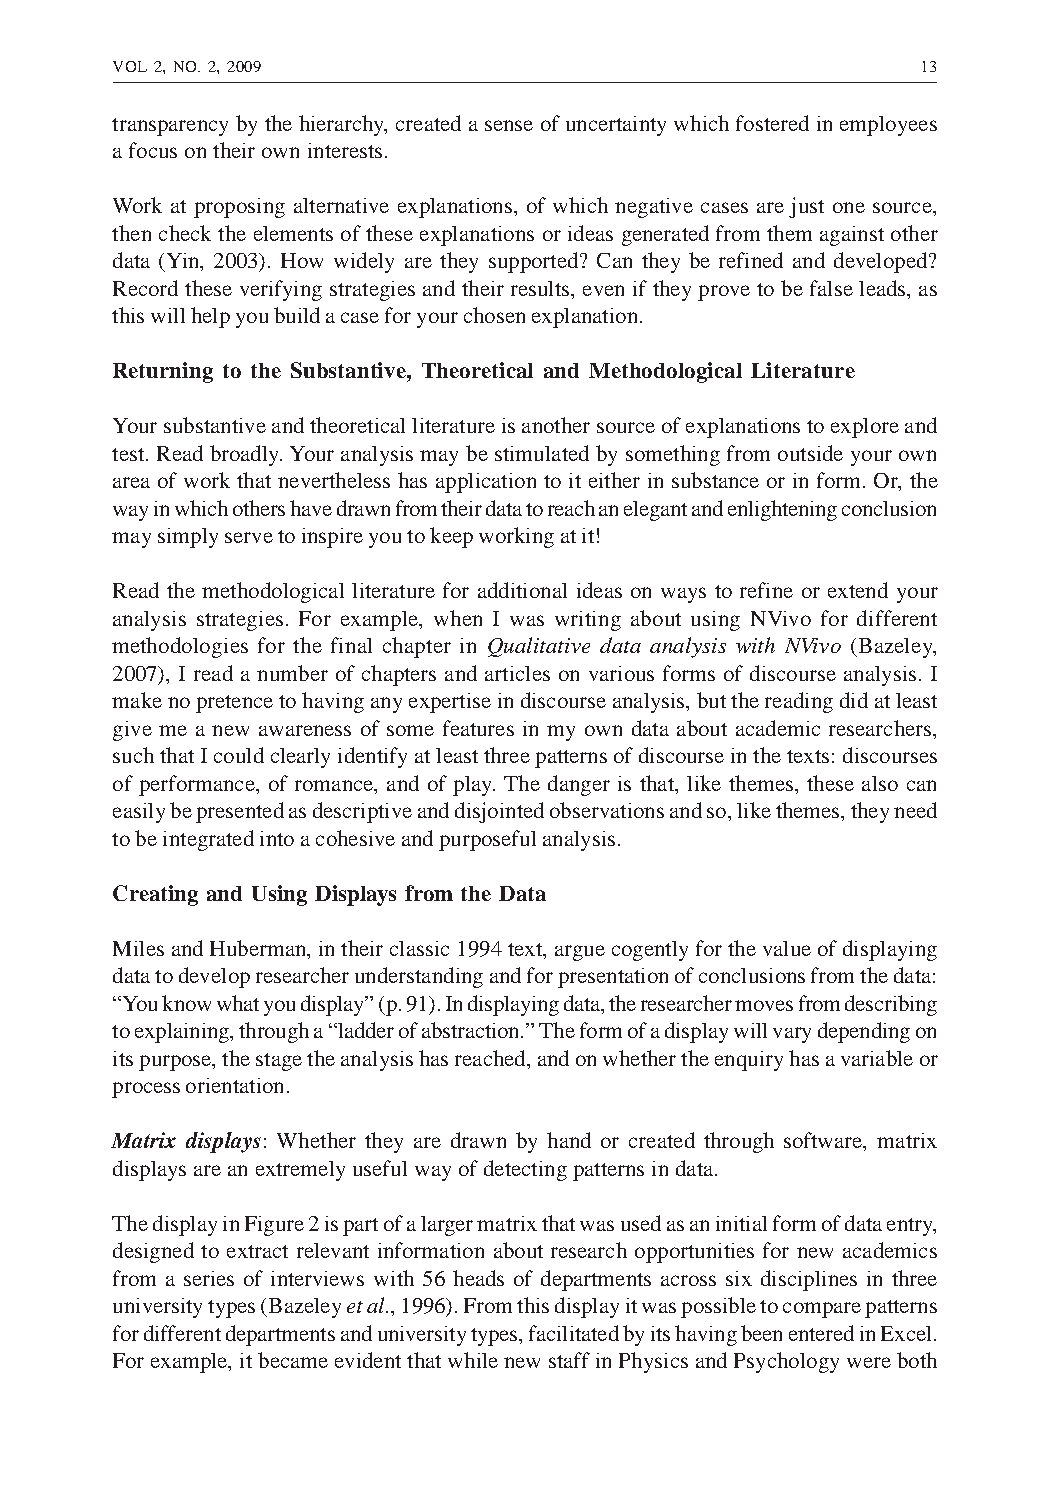
VOL 2, NO. 2, 2009                                    13
 transparency by the hierarchy, created a sense of uncertainty which fostered in employees
 a focus on their own interests.
 Work at proposing alternative explanations, of which negative cases are just one source,
 then check the elements of these explanations or ideas generated from them against other
 data (Yin, 2003). How widely are they supported? Can they be refined and developed?
 Record these verifying strategies and their results, even if they prove to be false leads, as
 this will help you build a case for your chosen explanation.
 Returning to the Substantive, Theoretical and Methodological Literature
 Your substantive and theoretical literature is another source of explanations to explore and
 test. Read broadly. Your analysis may be stimulated by something from outside your own
 area of work that nevertheless has application to it either in substance or in form. Or, the
 way in which others have drawn from their data to reach an elegant and enlightening conclusion
 may simply serve to inspire you to keep working at it!
 Read the methodological literature for additional ideas on ways to refine or extend your
 analysis strategies. For example, when I was writing about using NVivo for different
 methodologies for the final chapter in Qualitative data analysis with NVivo (Bazeley,
 2007), I read a number of chapters and articles on various forms of discourse analysis. I
 make no pretence to having any expertise in discourse analysis, but the reading did at least
 give me a new awareness of some features in my own data about academic researchers,
 such that I could clearly identify at least three patterns of discourse in the texts: discourses
 of performance, of romance, and of play. The danger is that, like themes, these also can
 easily be presented as descriptive and disjointed observations and so, like themes, they need
 to be integrated into a cohesive and purposeful analysis.
 Creating and Using Displays from the Data
 Miles and Huberman, in their classic 1994 text, argue cogently for the value of displaying
 data to develop researcher understanding and for presentation of conclusions from the data:
 “You know what you display” (p. 91). In displaying data, the researcher moves from describing
 to explaining, through a “ladder of abstraction.” The form of a display will vary depending on
 its purpose, the stage the analysis has reached, and on whether the enquiry has a variable or
 process orientation.
 Matrix displays: Whether they are drawn by hand or created through software, matrix
 displays are an extremely useful way of detecting patterns in data.
 The display in Figure 2 is part of a larger matrix that was used as an initial form of data entry,
 designed to extract relevant information about research opportunities for new academics
 from a series of interviews with 56 heads of departments across six disciplines in three
 university types (Bazeley et al., 1996). From this display it was possible to compare patterns
 for different departments and university types, facilitated by its having been entered in Excel.
 For example, it became evident that while new staff in Physics and Psychology were both